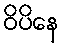
ဝိပိနေ